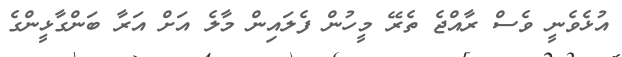
އުޅެވެނީ ވެސް ރާއްޖެ ތެރޭ މީހުން ފެލައިން މާލެ އަށް އަރާ ބަންގާޅީންގެ